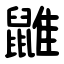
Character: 䶆